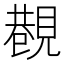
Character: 𧡥